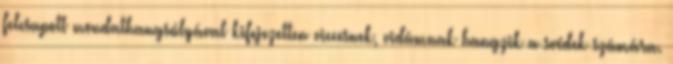
felcsapott mondathangsúlyával kifejezetten viccesnek, vidámnak hangzik a svédek számára.